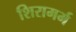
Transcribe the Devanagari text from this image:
शिरामर्म